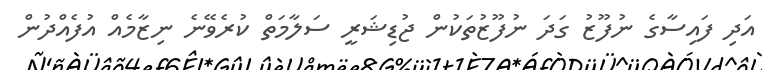
އަދި ފައިސާގެ ނުފޫޒު ގަދަ ނުފޫޒުތަކުން ޖުޑިޝަރީ ސަލާމަތް ކުރެވޭނެ ނިޒާމެއް އުފެއްދުން